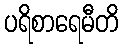
ပရိစာရေမီတိ